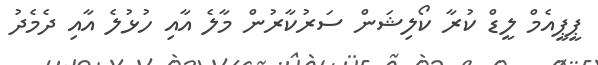
ޕީޕީއެމް ލީޑް ކުރާ ކޯލިޝަން ސަރުކާރުން މާލެ އާއި ހުޅުލެ އާއި ދެމެދު